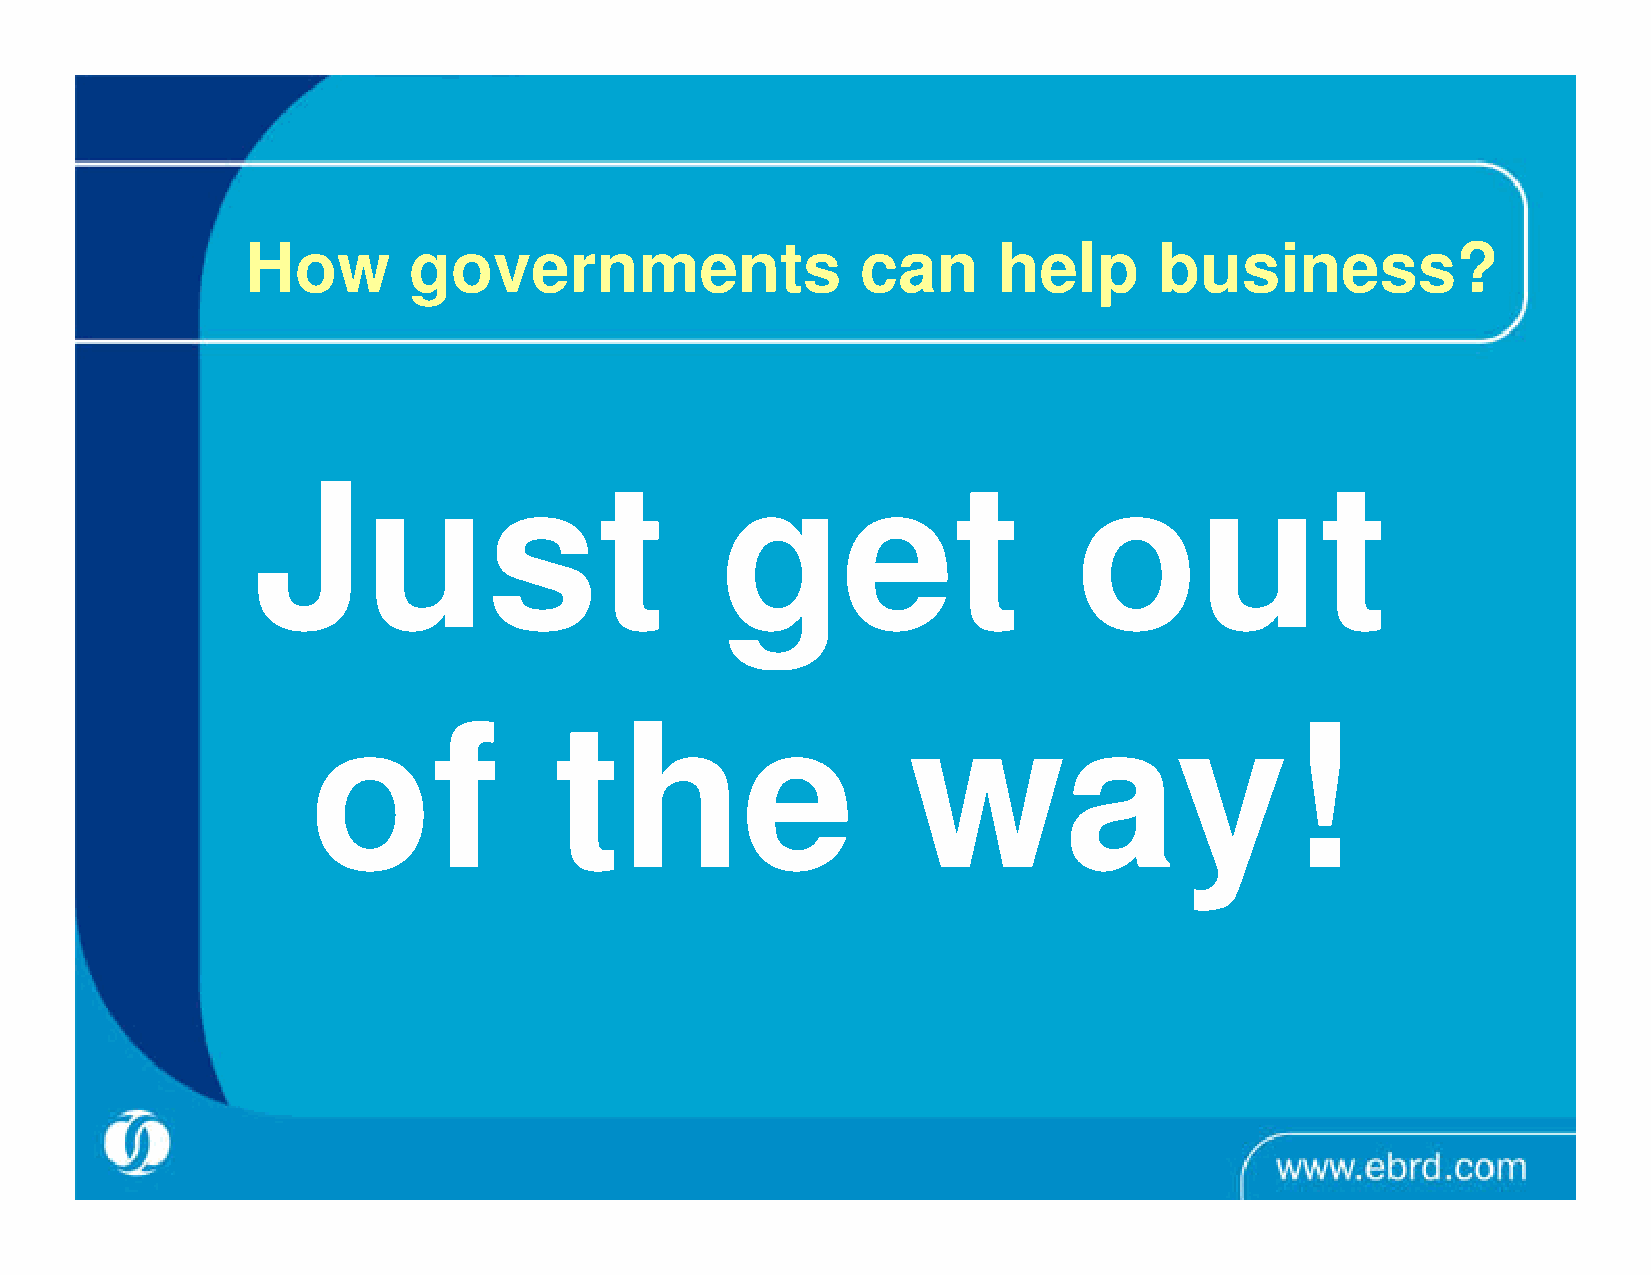
HHooww     ggoovveerrnnmmeennttss        ccaann   hheellpp   bbuussiinneessss??
 JJuusstt                       ggeett                 oouutt
 of               the                    way!